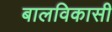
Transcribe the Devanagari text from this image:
बालविकासी